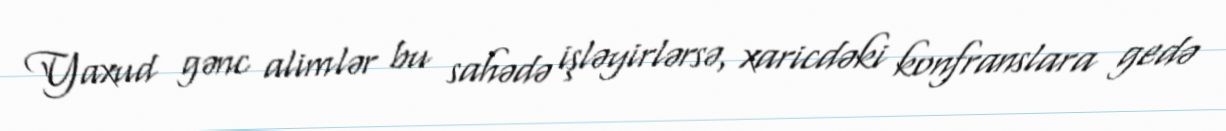
Yaxud gənc alimlər bu sahədə işləyirlərsə, xaricdəki konfranslara gedə